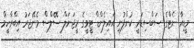
މީޑިއާ ނެޓްގެ ސަބްސިޑަރީ ކުންފުނި އައިލެންޑް ޓީވީގެ ރީޖަނަލް ސޭލްސް މެނޭޖަރު އިބްރާހީމް